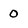
Character: 0